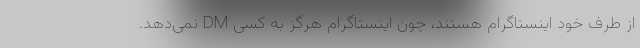
از طرف خود اینستاگرام هستند، چون اینستاگرام هرگز به کسی DM نمی‌دهد.